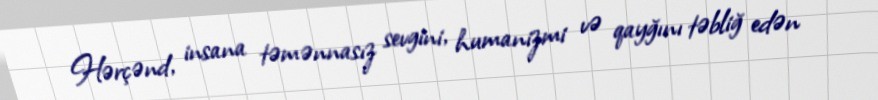
Hərçənd, insana təmənnasız sevgini, humanizmi və qayğını təbliğ edən